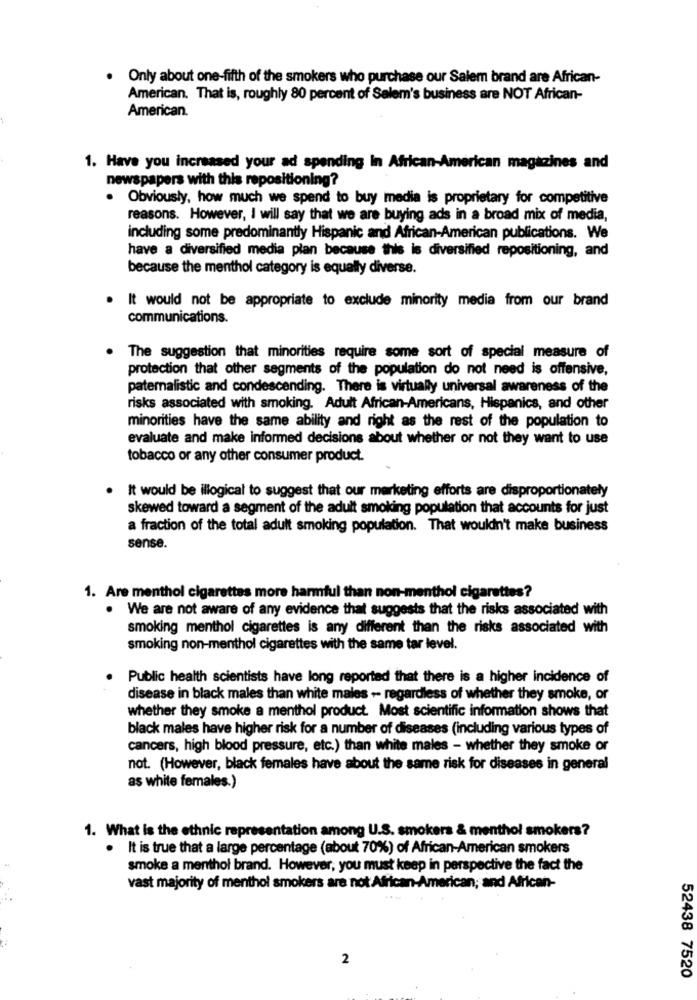
. Only about one-fifth of the smokers who purchase our Salem brand are African-
American. That is, roughly 80 percent of Salem's business are NOT African-
American.
1. Have you increased your ad spending In African-American magazines and
newspapers with this repositioning?
Obviously, how much we spend to buy media is proprietary for competitive
reasons. However, I will say that we are buying ads in a broad mix of media,
including some predominantly Hispanic and African-American publications. We
have a diversified media plan because this is diversified repositioning, and
because the menthol category is equally diverse.
. It would not be appropriate to exclude minority media from our brand
communications.
. The suggestion that minorities require some sort of special measure of
protection that other segments of the population do not need is offensive,
paternalistic and condescending. There is virtually universal awareness of the
risks associated with smoking. Adult African-Americans, Hispanics, and other
minorities have the same ability and right as the rest of the population to
evaluate and make informed decisions about whether or not they want to use
tobacco or any other consumer product.
It would be illogical to suggest that our marketing efforts are disproportionately
skewed toward a segment of the adult smoking population that accounts for just
a fraction of the total adult smoking population. That wouldn't make business
sense.
1. Are menthol cigarettes more harmful than non-menthol cigarettes?
. We are not aware of any evidence that suggests that the risks associated with
smoking menthol cigarettes is any different than the risks associated with
smoking non-menthol cigarettes with the same tar level.
Public health scientists have long reported that there is a higher incidence of
disease in black males than white males -- regardless of whether they smoke, or
whether they smoke a menthol product. Most scientific information shows that
black males have higher risk for a number of diseases (including various types of
cancers, high blood pressure, etc.) than white males - whether they smoke or
not. (However, black females have about the same risk for diseases in general
as white females.)
1. What is the ethnic representation among U.S. smokers & menthol smokers?
. It is true that a large percentage (about 70%) of African-American smokers
smoke a menthol brand. However, you must keep in perspective the fact the
vast majority of menthol smokers are not African-American; and African-
2
52438 7520